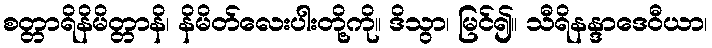
စတ္တာရိနိမိတ္တာနိ၊ နိမိတ်လေးပါးတို့ကို။ ဒိသွာ၊ မြင်၍။ သီရိနန္ဒာဒေဝီယာ၊